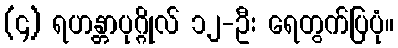
(၄) ရဟန္တာပုဂ္ဂိုလ် ၁၂-ဦး ရေတွက်ပြပုံ။